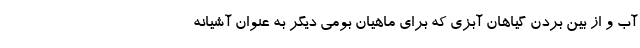
آب و از بین بردن گیاهان آبزی که برای ماهیان بومی دیگر به عنوان آشیانه